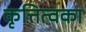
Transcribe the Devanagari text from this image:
कृत्तित्वका